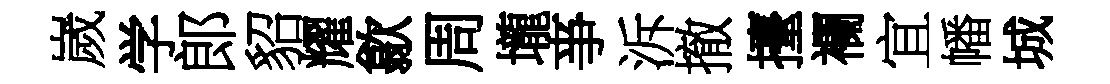
嵗学郎貂耀歙周壠亊泝撤擡襴宜幡城